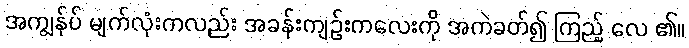
အကျွန်ုပ် မျက်လုံးကလည်း အခန်းကျဉ်းကလေးကို အကဲခတ်၍ ကြည့် လေ ၏။